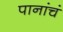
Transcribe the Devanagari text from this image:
पानांचं